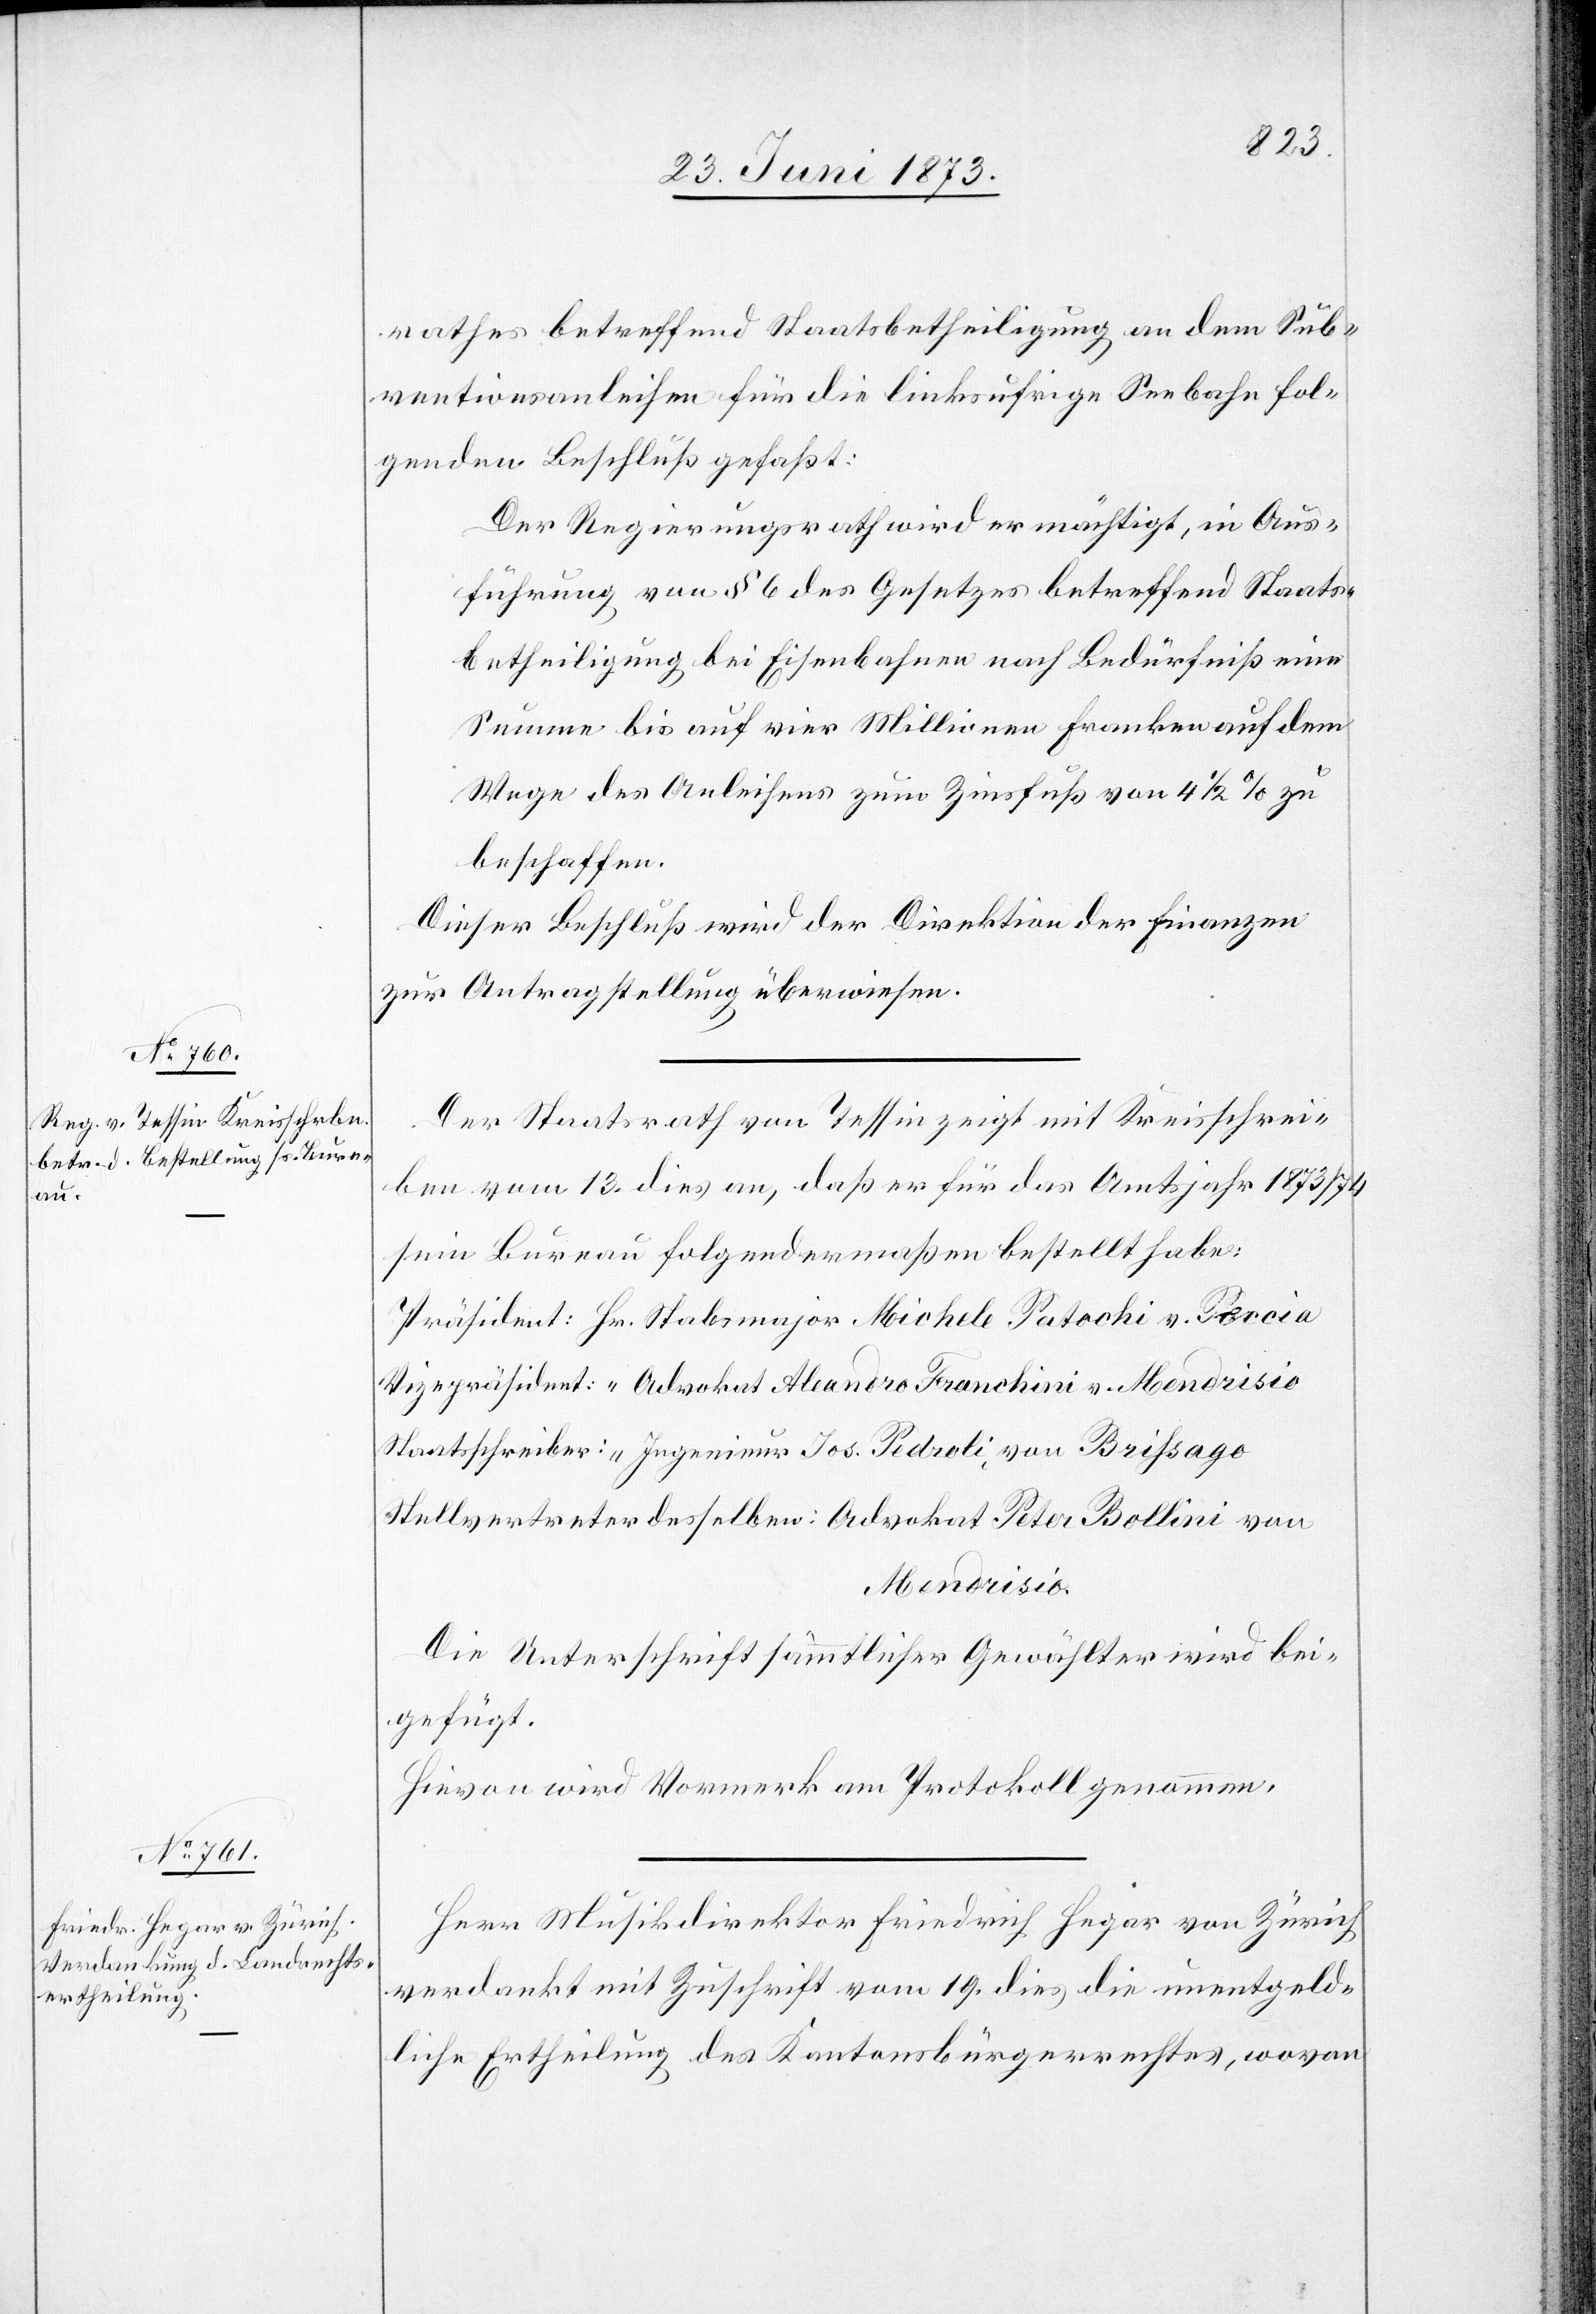
rathes betreffend Staatsbetheiligung an dem Sub¬
ventionsanleihen für die linksufrige Seebahn fol¬
genden Beschluß gefaßt:
Der Regierungsrath wird ermächtigt, in Aus¬
führung von § 6 des Gesetzes betreffend Staats¬
betheiligung bei Eisenbahnen nach Bedürfniß eine
Summe bis auf vier Millionen Franken auf dem
Wege des Anleihens zum Zinsfuß von 4 1/2% zu
beschaffen.
Dieser Beschluß wird der Direktion der Finanzen
zur Antragstellung überwiesen.
Der Staatsrath von Tessin zeigt mit Kreisschrei¬
ben vom 13. dies an, daß er für das Amtsjahr 1873/74
sein Bureau folgendermaßen bestellt habe:
Präsident: Hr. Stabsmajor Michele Patochi v. Peccia
Vizepräsident: “ Advokat Aleandro Franchini v. Mendrisio
Staatsschreiber: “ Ingenieur Jos. Pedroli, von Brisago
Stellvertreter desselben: Advokat Peter Bollini von
Mendrisio.
Die Unterschrift sämmtlicher Gewählter wird bei¬
gefügt.
Hievon wird Vormerk am Protokoll genommen.
Herr Musikdirektor Friedrich Hegar von Zürich
verdankt mit Zuschrift vom 19. dies die unentgeld¬
liche Ertheilung des Kantonsbürgerrechtes, wovon